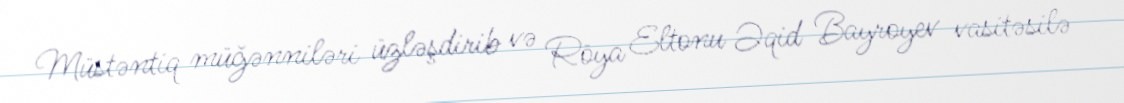
Müstəntiq müğənniləri üzləşdirib və Röya Eltonu Əqid Bayroyev vasitəsilə